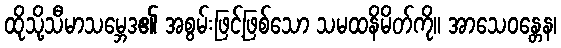
ထိုသို့သီမာသမ္ဘေဒ၏ အစွမ်းဖြင့်ဖြစ်သော သမထနိမိတ်ကို။ အာသေဝန္တေန၊